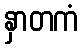
နှာတကံ